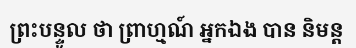
ព្រះបន្ទូល ថា ព្រាហ្មណ៍ អ្នកឯង បាន និមន្ត